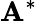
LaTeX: \mathbf{A}^{\ast}